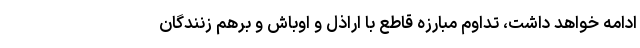
ادامه خواهد داشت، تداوم مبارزه قاطع با اراذل و اوباش و برهم زنندگان